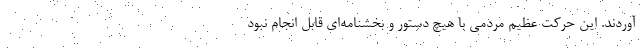
آوردند. این حرکت عظیم مردمی با هیچ دستور و بخشنامه‌ای قابل انجام نبود